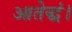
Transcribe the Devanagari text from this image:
आतेद्धं।